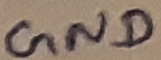
Text: GND